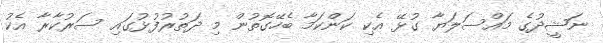
ނަޝީދުގެ މައްސަލަޔާ ގުޅޭ އެކި ކަންކަމާ ބެހޭގޮތުން މި ދަތުރުފުޅުގައި ސަރުކާރާ އެކު